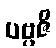
ပဗ္ဗဇိ